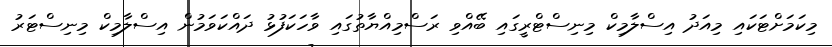
މިކަމަށްޓަކައި މިއަދު އިސްލާމިކް މިނިސްޓްރީގައި ބޭއްވި ރަސްމިއްޔާތުގައި ވާހަކަފުޅު ދައްކަވަމުން އިސްލާމިކް މިނިސްޓަރު